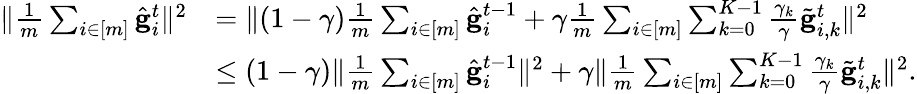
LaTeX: \begin{array}{rl}{\Vert\frac{1}{m}\sum_{i\in[m]}\hat{\mathbf{g}}_{i}^{t}\Vert^{2}}&{=\Vert(1-\gamma)\frac{1}{m}\sum_{i\in[m]}\hat{\mathbf{g}}_{i}^{t-1}+\gamma\frac{1}{m}\sum_{i\in[m]}\sum_{k=0}^{K-1}\frac{\gamma_{k}}{\gamma}\tilde{\mathbf{g}}_{i,k}^{t}\Vert^{2}}\\ &{\leq(1-\gamma)\Vert\frac{1}{m}\sum_{i\in[m]}\hat{\mathbf{g}}_{i}^{t-1}\Vert^{2}+\gamma\Vert\frac{1}{m}\sum_{i\in[m]}\sum_{k=0}^{K-1}\frac{\gamma_{k}}{\gamma}\tilde{\mathbf{g}}_{i,k}^{t}\Vert^{2}.}\end{array}